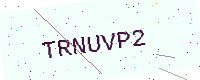
Text: TRNUVP2